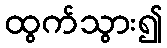
ထွက်သွား၍